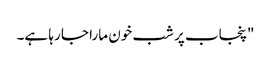
"پنجاب پر شب خون مارا جا رہا ہے۔